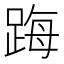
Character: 踇